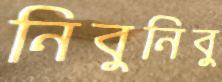
নিবুনিবু